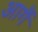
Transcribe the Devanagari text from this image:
आगैं